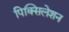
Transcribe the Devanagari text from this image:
पिक्सिलेशन